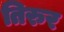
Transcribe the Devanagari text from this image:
तिरुर